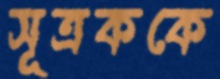
সূত্রককে